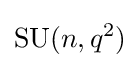
\mathrm {SU} (n,q^{2})